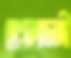
হোগলাডাঙ্গী